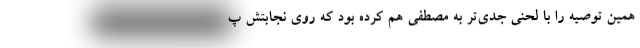
همین توصیه را با لحنی جدی‌تر به مصطفی هم کرده بود که روی نجابتش پ